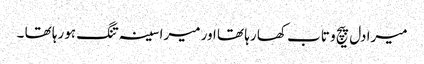
میرا دل پیچ و تاب کھا رہا تھا اور میرا سینہ تنگ ہورہا تھا ۔